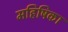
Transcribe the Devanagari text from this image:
महिषिका